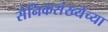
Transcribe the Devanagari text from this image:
सैनिकसंख्येच्या